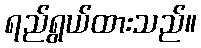
ရည်ရွယ်ထားသည်။